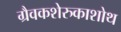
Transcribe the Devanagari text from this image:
ग्रैवकशेरुकाशोथ